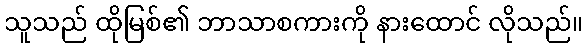
သူသည် ထိုမြစ်၏ ဘာသာစကားကို နားထောင် လိုသည်။